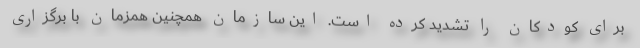
برای کودکان را تشدید کرده است. این سازمان همچنین همزمان با برگزاری